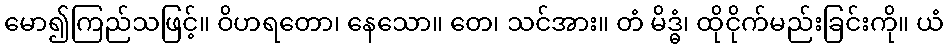
မော၍ကြည်သဖြင့်။ ဝိဟရတော၊ နေသော။ တေ၊ သင်အား။ တံ မိဒ္ဓံ၊ ထိုငိုက်မည်းခြင်းကို။ ယံ